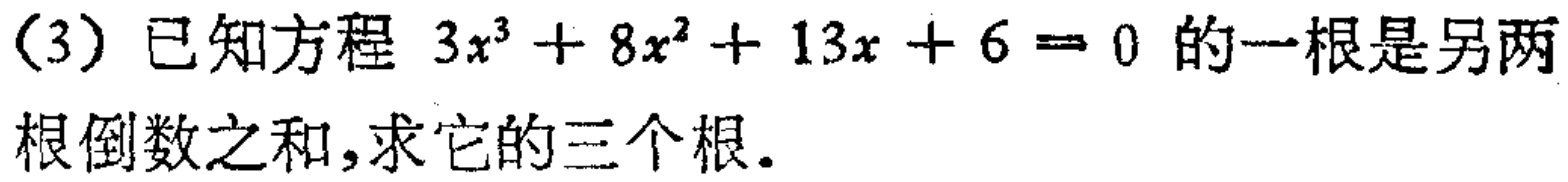
(3) 已知方程 \(3x^{3}+8x^{2}+13x + 6 = 0\) 的一根是另两根倒数之和，求它的三个根。